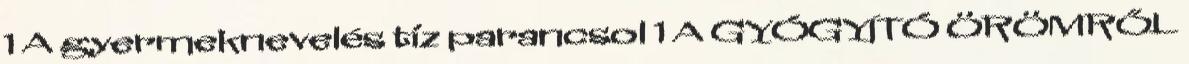
1 A gyermeknevelés tíz parancsol 1 A GYÓGYÍTÓ ÖRÖMRŐL